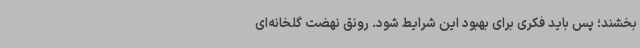
بخشند؛ پس باید فکری برای بهبود این شرایط شود. رونق نهضت گلخانه‌ای